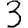
Digit: 3